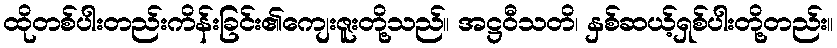
ထိုတစ်ပါးတည်းကိန်းခြင်း၏ကျေးဇူးတို့သည်။ အဋ္ဌဝီသတိ၊ နှစ်ဆယ့်ရှစ်ပါးတို့တည်း။